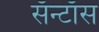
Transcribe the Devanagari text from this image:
सॅन्टाॅस